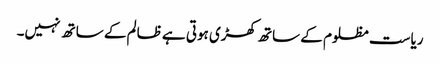
ریاست مظلوم کے ساتھ کھڑی ہوتی ہے ظالم کے ساتھ نہیں۔